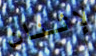
لإثنان